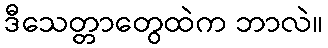
ဒီသေတ္တာတွေထဲက ဘာလဲ။